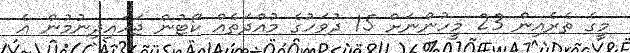
މީގެ ތެރެއިން 23 މީހުންނަށް 15 ދުވަހުގެ މުއްދަތެއް ކޯޓުން ޖަހައިދިނުމުން އެ